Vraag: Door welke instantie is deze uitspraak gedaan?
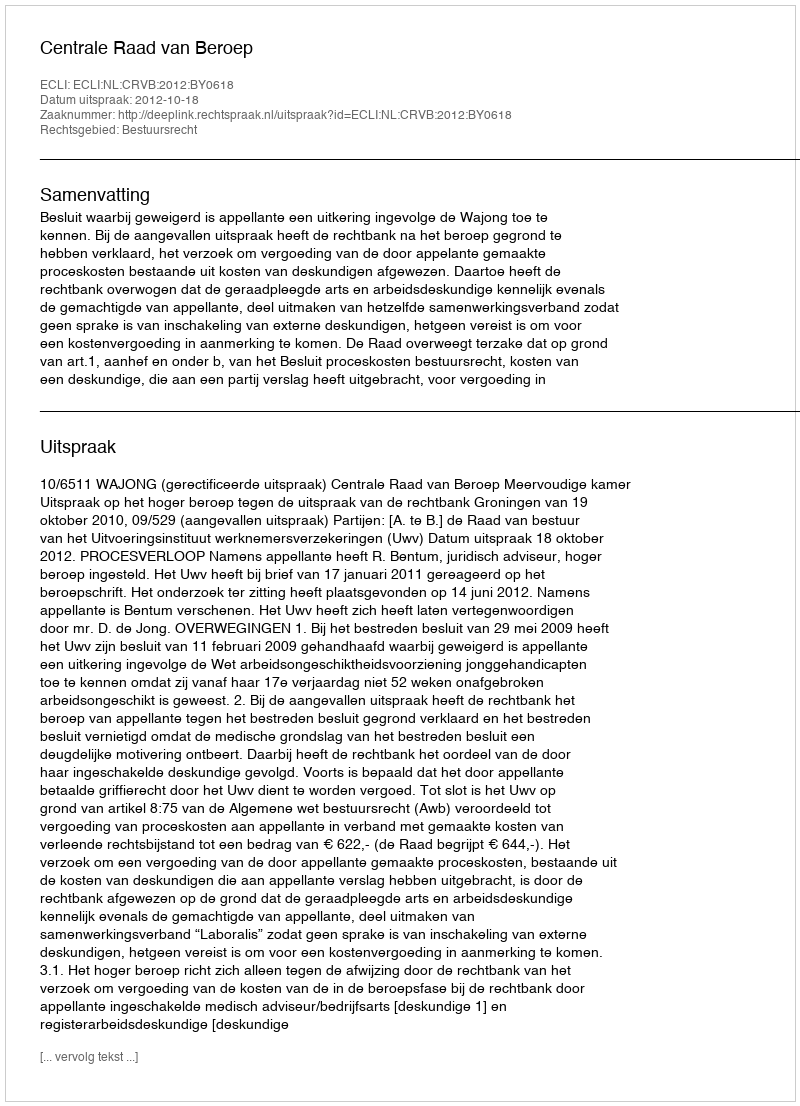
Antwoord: Centrale Raad van Beroep